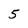
Character: 5